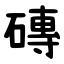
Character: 磚